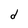
Character: e